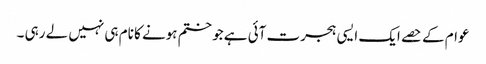
عوام کے حصے ایک ایسی ہجرت آئی ہے جو ختم ہونے کا نام ہی نہیں لے رہی ۔